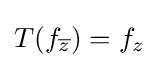
\displaystyle T(f_{\overline {z}})=f_{z}